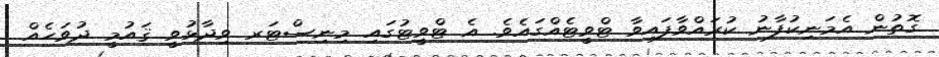
ގޮތުން އެމަނިކުފާނު ކުރައްވާފައިވާ ޓްވީޓެއްގައެވެ. އެ ޓްވީޓުގައި މިނިސްޓަރ ވިދާޅުވީ ޤައުމީ ދުވަހެއް